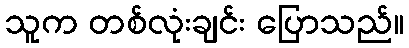
သူက တစ်လုံးချင်း ပြောသည်။